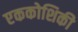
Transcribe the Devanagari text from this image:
एककोशिकी